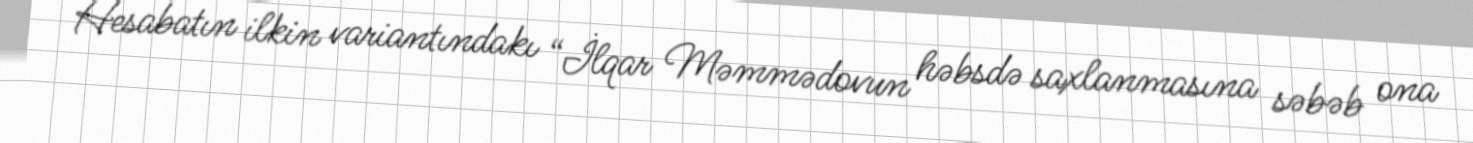
Hesabatın ilkin variantındakı “İlqar Məmmədovun həbsdə saxlanmasına səbəb ona